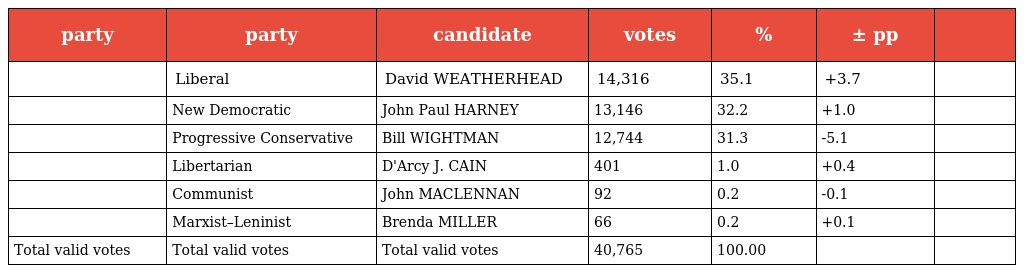
| party | party | candidate | votes | % | ± pp |  |
 | --- | --- | --- | --- | --- | --- | --- |
 |  | Liberal | David WEATHERHEAD | 14,316 | 35.1 | +3.7 |  |
 |  | New Democratic | John Paul HARNEY | 13,146 | 32.2 | +1.0 |  |
 |  | Progressive Conservative | Bill WIGHTMAN | 12,744 | 31.3 | -5.1 |  |
 |  | Libertarian | D'Arcy J. CAIN | 401 | 1.0 | +0.4 |  |
 |  | Communist | John MACLENNAN | 92 | 0.2 | -0.1 |  |
 |  | Marxist–Leninist | Brenda MILLER | 66 | 0.2 | +0.1 |  |
 | Total valid votes | Total valid votes | Total valid votes | 40,765 | 100.00 |  |  |